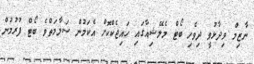
ނާޒިމް ވިދާޅުވީ ދިވެހި ބޯޓް މެލޭޝިއާގައި ހައިޖެކްކޮށް އެކަމުން ސަލާމަތްވެ ބޯޓް ފުރުމުން